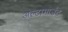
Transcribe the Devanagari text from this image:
अल्टामाउंट